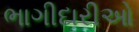
ભાગીદારીઓ